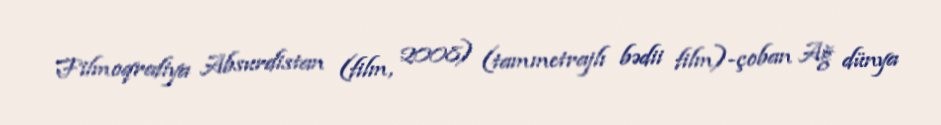
Filmoqrafiya Absurdistan (film, 2008) (tammetrajlı bədii film)-çoban Ağ dünya